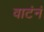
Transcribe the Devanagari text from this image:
वाटंनं